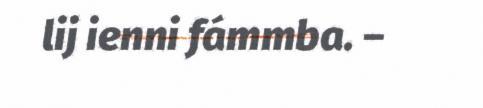
lij ienni fámmba. –